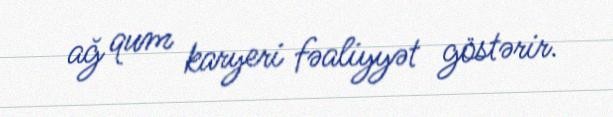
ağ qum karyeri fəaliyyət göstərir.